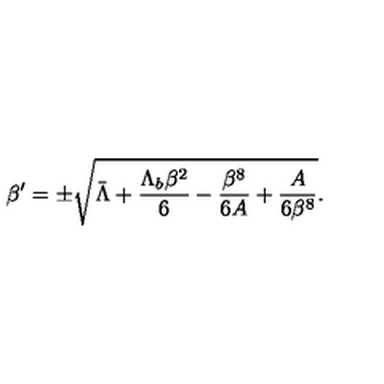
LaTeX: \beta ^ { \prime } = \pm \sqrt { \bar { \Lambda } + \frac { \Lambda _ { b } \beta ^ { 2 } } { 6 } - \frac { \beta ^ { 8 } } { 6 A } + \frac { A } { 6 \beta ^ { 8 } } } .